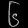
Digit: ၆